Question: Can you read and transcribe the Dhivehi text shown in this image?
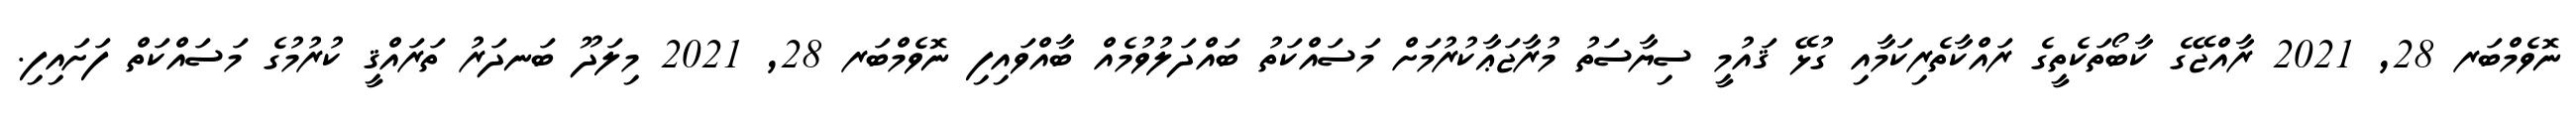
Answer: ނޮވެމްބަރ 28, 2021 ރާއްޖޭގެ ކާބޯތަކެތީގެ ރައްކާތެރިކަމާއި ގުޅޭ ޤައުމީ ސިޔާސަތު މުރާޖަޢާކުރުމަށް މަސައްކަތު ބައްދަލުވުމެއް ބާއްވައިފި ނޮވެމްބަރ 28, 2021 މިލަދޫ ބަނދަރު ތަރައްޤީ ކުރުމުގެ މަސައްކަތް ފަށައިފި.